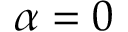
\alpha = 0